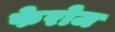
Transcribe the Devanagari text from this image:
फेरोज